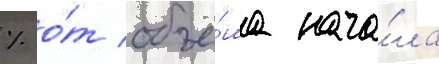
% о́т объё́ма нача́ла